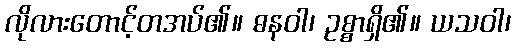
လိုလားတောင့်တအပ်၏။ ဓနဝါ၊ ဥစ္စာရှိ၏။ ယသဝါ၊